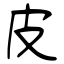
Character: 皮